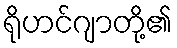
ရိုဟင်ဂျာတို့၏